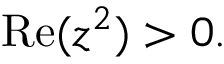
\operatorname { R e } ( z ^ { 2 } ) > 0 .